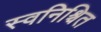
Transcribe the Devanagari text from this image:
स्वनिश्चित